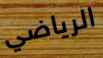
الرياضي